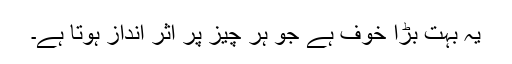
یہ بہت بڑا خوف ہے جو ہر چیز پر اثر انداز ہوتا ہے۔